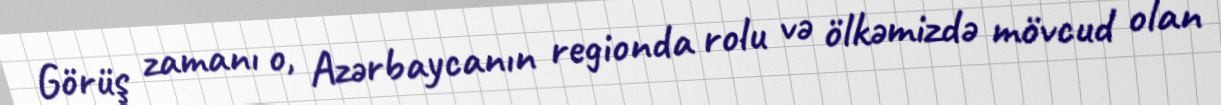
Görüş zamanı o, Azərbaycanın regionda rolu və ölkəmizdə mövcud olan